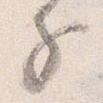
子